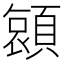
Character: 𮨖